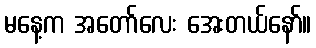
မနေ့က အတော်လေး အေးတယ်နော်။